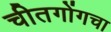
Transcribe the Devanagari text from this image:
चीतगोंगचा